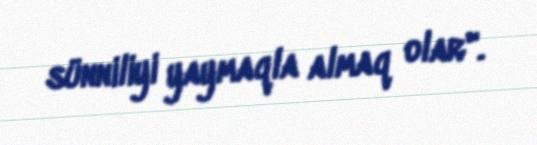
sünniliyi yaymaqla almaq olar".